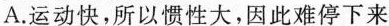
A.运动快，所以惯性大，因此难停下来